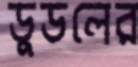
ডুডলের